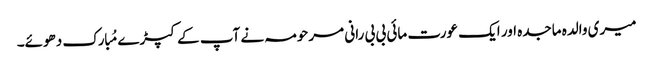
میری والدہ ماجدہ اور ایک عورت مائی بی بی رانی مرحومہ نے آپ کے کپڑے مُبارک دھوئے۔